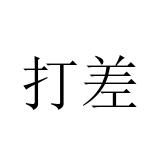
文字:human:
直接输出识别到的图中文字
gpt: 打差